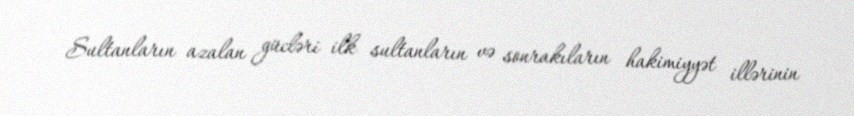
Sultanların azalan gücləri ilk sultanların və sonrakıların hakimiyyət illərinin